Annual report on the working of the lock hospitals in the North-Western Provinces and Oudh
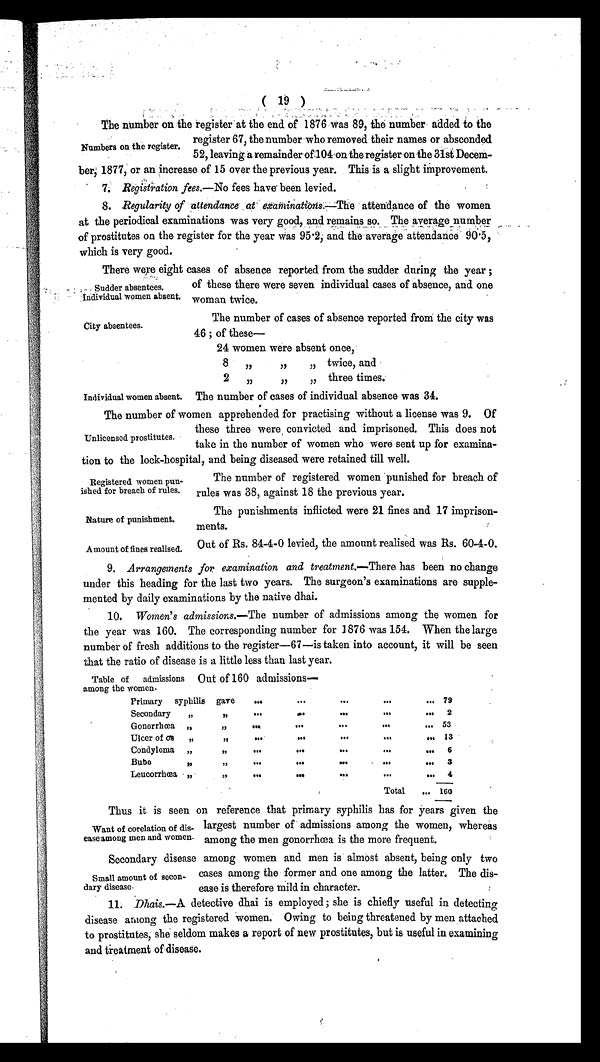
Sudder absentees.
Individual women .
City absentees.
Individual women absent.
( 19 )
The number on the register at the end of 1876 was 89, the number added to the
register 67, the number who removed their names or absconded
52, leaving a remainder of 104 on the register on the 31st Decem-
ber, 1877, or an increase of 15 over the previous year. This is a slight improvement.
7. Registration fees.—No fees have been levied.
8. Regularity of attendance at examinations.— The attendance of the women
at the periodical examinations was very good, and remains so. The average number
of prostitutes on the register for the year was 95·2, and the average attendance 90·5,
which is very good.
There were eight cases of absence reported from the sudder during the year ;
of these there were seven individual cases of absence, and one
woman twice.
Numbers on the register.
The number of cases of absence reported from the city was
46 ; of these
—
24 women were absent once,
8
, ,
, ,
,, twice, and
2
„
, ,
, , three times.
The number of cases of individual absence was 34.
The number of women apprehended for practising without a license was 9. Of
these three were convicted and imprisoned. This does not
take in the number of women who were sent up for examina-
tion to the lock-hospital, and being diseased were retained till well.
Unlicensed prostitutes.
Registered women pun-
ished for breach of rules.
Nature of punishment.
Amount of fines realised.
The number of registered women punished for breach of
rules was 38, against 18 the previous year.
The punishments inflicted were 21 fines and 17 imprison-
ments.
Out of Rs. 84-4-0 levied, the amount realised was Rs. 60-4-0.
9. Arrangements for examination and treatment.— There has been no change
under this heading for the last two years. The surgeon's examinations are supple-
mented by daily examinations by the native dhai.
10. Women's admissions.— The number of admissions among the women for
the year was 160. The corresponding number for 1876 was 154. When the large
number of fresh additions to the register—67—is taken into account, it will be seen
that the ratio of disease is a little less than last year.
Table of admissions
among the women.
Out of 160 admissions
Primary syphilis gave
. . .
. . .
. . .
. . .
. . . 79
Secondary
, ,
, ,
. . .
. . .
. . .
. . .
. . . 2
Gonorrhœa ,,
, ,
. . .
. . .
. . .
. . .
. . . 53
Ulcer of os „
, ,
. . .
. . .
. . .
. . .
. . . 13
Condyloma „
, ,
. . .
. . .
. . .
. . .
. . . 6
Bubo
, ,
, ,
. . .
. . .
. . .
. . .
. . . 3
Leucorrhœa „
, ,
. . .
. . .
. . .
. . .
. . . 4
Total
. . . 16o
Thus it is seen on reference that primary syphilis has for years given the
largest number of admissions among the women, whereas
among the men gonorrhœa is the more frequent.
Secondary disease among women and men is almost absent, being only two
cases among the former and one among the latter. The dis-
ease is therefore mild in character.
11. Dhais.— A detective dhai is employed ; she is chiefly useful in detecting
disease among the registered women. Owing to being threatened by men attached
to prostitutes, she seldom makes a report of new prostitutes, but is useful in examining
and treatment of disease.
Want of corelation of dis-
ease among men and women
.
Small amount of secon-
dary disease